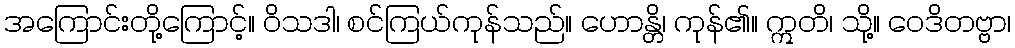
အကြောင်းတို့ကြောင့်။ ဝိသဒါ၊ စင်ကြယ်ကုန်သည်။ ဟောန္တိ၊ ကုန်၏။ ဣတိ၊ သို့။ ဝေဒိတဗ္ဗာ၊